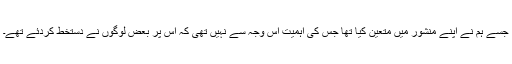
جسے ہم نے اپنے منشور میں متعین کیا تھا جس کی اہمیت اس وجہ سے نہیں تھی کہ اس پر بعض لوگوں نے دستخط کردئے تھے۔